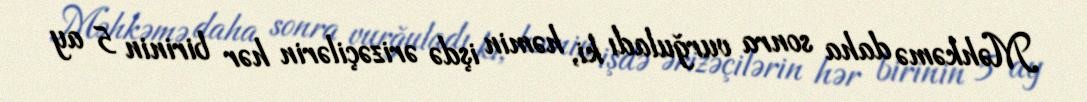
Məhkəmə daha sonra vurğuladı ki, həmin işdə ərizəçilərin hər birinin 5 ay